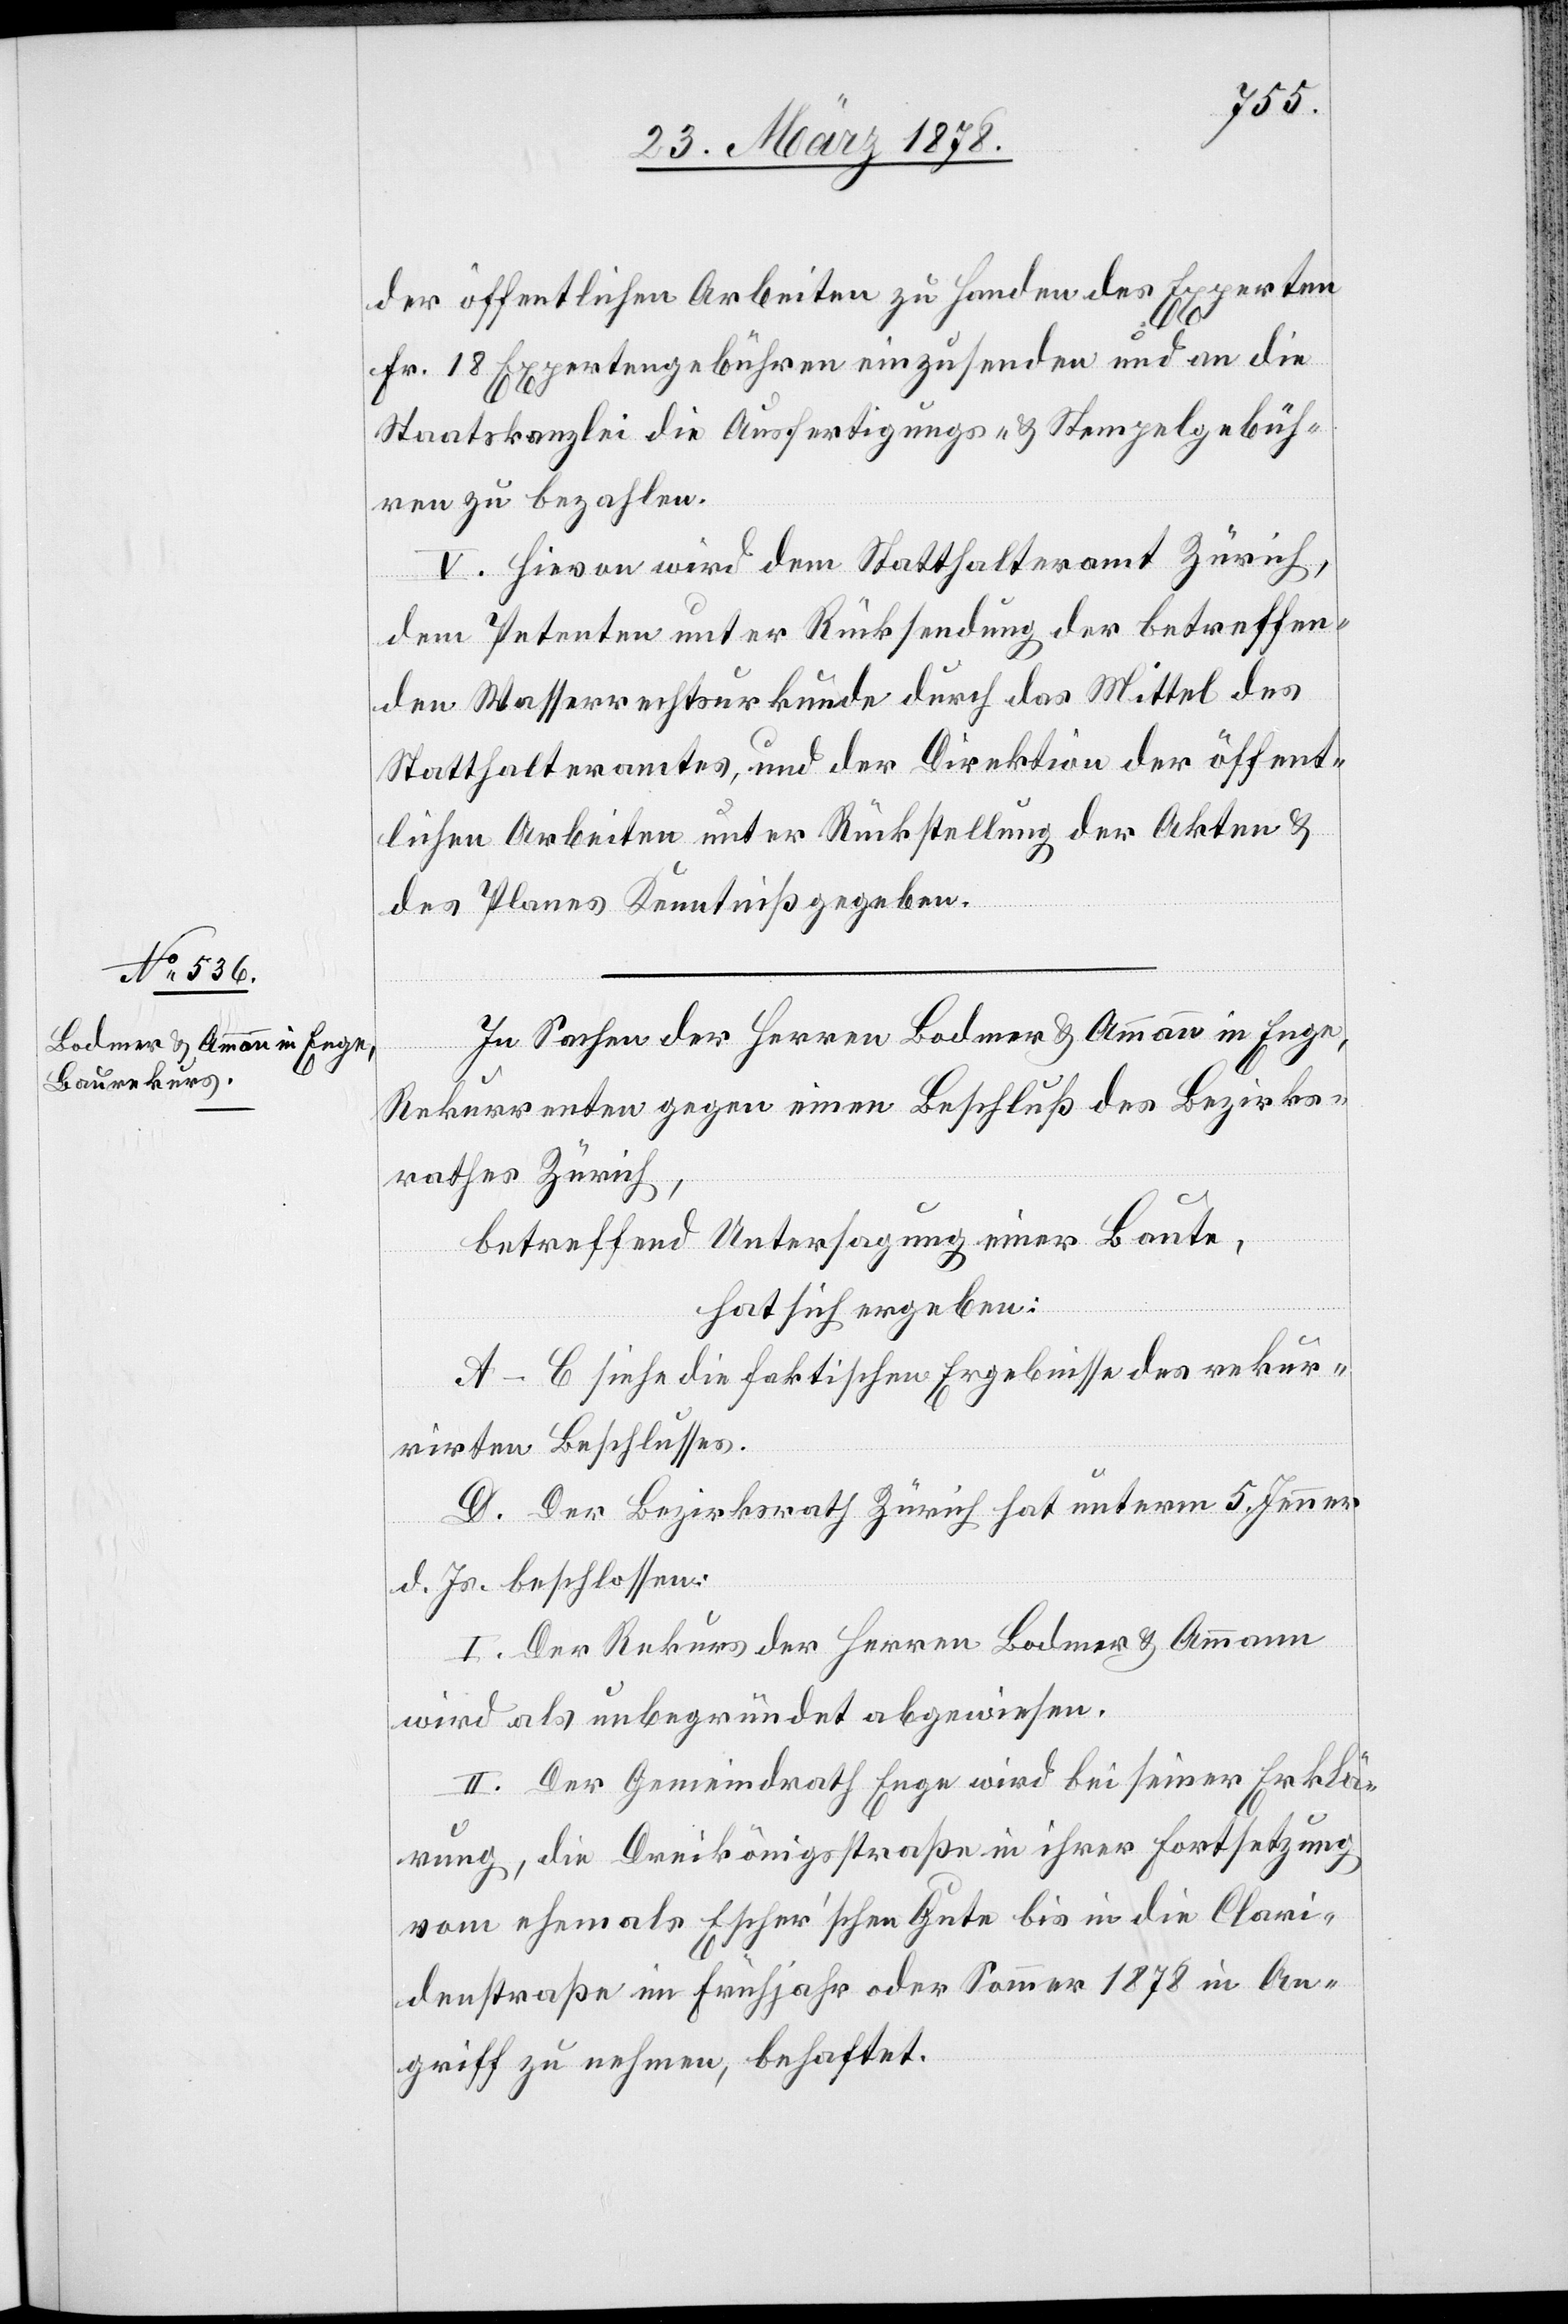
der öffentlichen Arbeiten zu Handen des Experten
Fr. 18 Expertengebühren einzusenden und an die
Staatskanzlei die Ausfertigungs- & Stempelgebüh¬
ren zu bezahlen.
V. Hievon wird dem Statthalteramt Zürich,
dem Petenten unter Rücksendung der betreffen¬
den Wasserrechtsurkunde durch das Mittel des
Statthalteramtes, und der Direktion der öffent¬
lichen Arbeiten unter Rückstellung der Akten &
des Planes Kenntniß gegeben.
In Sachen der Herren Bodmer & Ammann in Enge,
Rekurrenten gegen einen Beschluß des Bezirks¬
rathes Zürich,
betreffend Untersagung einer Baute,
hat sich ergeben:
A–C siehe die faktischen Ergebnisse des rekur¬
rirten Beschlusses.
D. Der Bezirksrath Zürich hat unterm 5. Jenner
d. Js. beschlossen:
I. Der Rekurs der Herren Bodmer & Ammann
wird als unbegründet abgewiesen.
II. Der Gemeindrath Enge wird bei seiner Erklä¬
rung, die Dreikönigsstraße in ihrer Fortsetzung
vom ehemals Escher’schen Gute bis in die Clari¬
denstraße im Frühjahr oder Sommer 1878 in An¬
griff zu nehmen, behaftet.